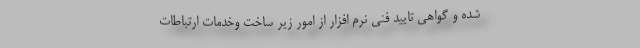
شده و گواهی تایید فنی نرم افزار از امور زیر ساخت وخدمات ارتباطات